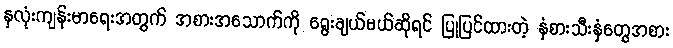
နှလုံးကျန်းမာရေးအတွက် အစားအသောက်ကို ရွေးချယ်မယ်ဆိုရင် ပြုပြင်ထားတဲ့ နှံစားသီးနှံတွေအစား